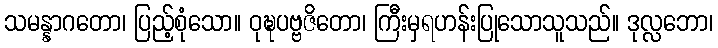
သမန္နာဂတော၊ ပြည့်စုံသော။ ဝုဍ္ဎပဗ္ဗဇိတော၊ ကြီးမှရဟန်းပြုသောသူသည်။ ဒုလ္လဘော၊